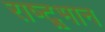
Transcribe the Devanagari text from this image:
राष्ट्र्भान